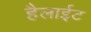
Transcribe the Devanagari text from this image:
हैलाईट